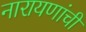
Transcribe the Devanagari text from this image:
नारायणांची